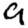
Digit: 9